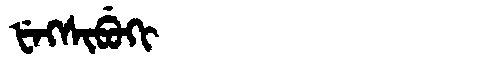
Manchu: ᡶᡝᡴᠰᡳᠪᡠᡴᡳ
Romanization: FEKSIBUKI